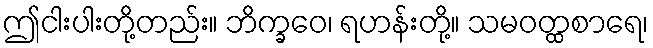
ဤငါးပါးတို့တည်း။ ဘိက္ခဝေ၊ ရဟန်းတို့။ သမဝတ္ထစာရေ၊